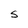
Character: S